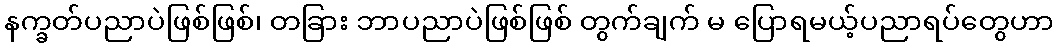
နက္ခတ်ပညာပဲဖြစ်ဖြစ်၊ တခြား ဘာပညာပဲဖြစ်ဖြစ် တွက်ချက် မ ပြောရမယ့်ပညာရပ်တွေဟာ